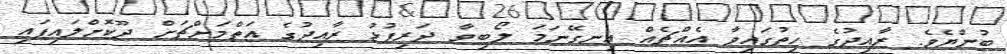
ބުންޔެވެ. ރާއިދުގެ ހިތުގައިވާ އެއްޗެއް އިނގޭނަމަ ލޯބިވާ ދަރިފުޅު ރާއިދުގެ އަތްމަށްޗަށް ދޫކޮށްލައިފައި